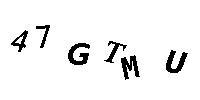
47GTMU